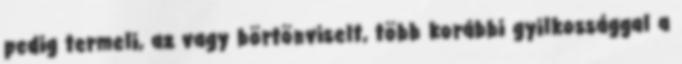
pedig termeli, az vagy börtönviselt, több korábbi gyilkossággal a